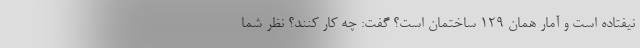
نیفتاده است و آمار همان ۱۲۹ ساختمان است؟ گفت: چه کار کنند؟ نظر شما